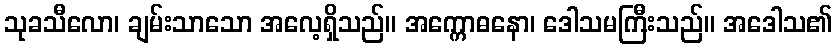
သုခသီလော၊ ချမ်းသာသော အလေ့ရှိသည်။ အက္ကောဓနော၊ ဒေါသမကြီးသည်။ အဒေါသ၏